Malaria in the Punjab - Number 46
Disease focus: Malaria
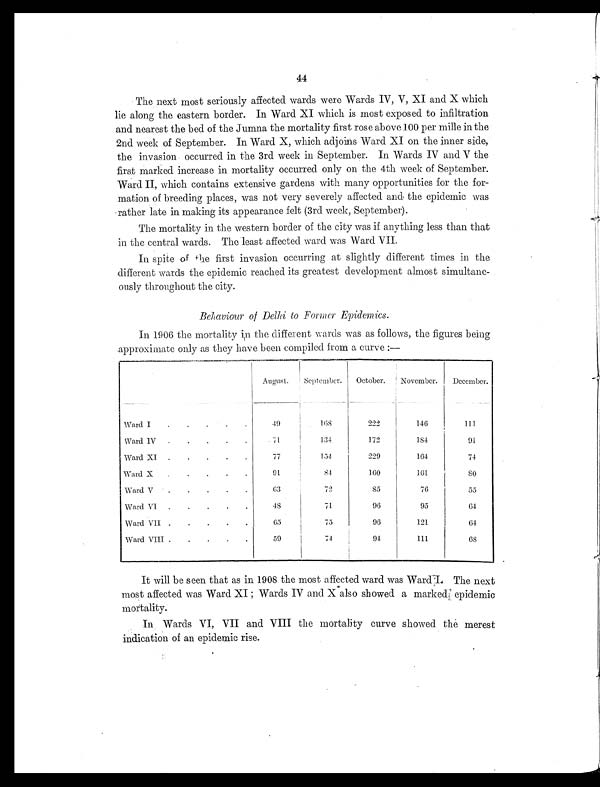
44
The next most seriously affected wards were Wards IV, V, XI and X which
lie along the eastern border. In Ward XI which is most exposed to infiltration
and nearest the bed of the Jumna the mortality first rose above 100 per mille in the
2nd week of September. In Ward X, which adjoins Ward XI on the inner side,
the invasion occurred in the 3rd week in September. In Wards IV and V the
first marked increase in mortality occurred only on the 4th week of September.
Ward II, which contains extensive gardens with many opportunities for the for-
mation of breeding places, was not very severely affected and the epidemic was
rather late in making its appearance felt (3rd week, September).
The mortality in the western border of the city was if anything less than that
in the central wards. The least affected ward was Ward VII.
In spite of the first invasion occurring at slightly different times in the
different wards the epidemic reached its greatest development almost simultane-
ously throughout the city.
Behaviour of Delhi to Former Epidemics.
In 1906 the mortality in the different wards was as follows, the figures being
approximate only as they have been compiled from a curve :—
August.
September
October.
November.
December.
Ward I
.
.
.
.
.
49
168
222
146
111
Ward IV
.
.
.
.
.
71
134
172
184
9 1
Ward XI
.
.
.
.
.
77
154
229
164
74
Ward X
.
.
.
.
.
91
84
160
161
8 0
Ward V
.
.
.
.
.
63
72
85
76
55
Ward VI
.
.
.
.
.
48
71
96
95
64
Ward VII .
.
.
.
.
65
75
96
121
64
Ward VIII .
.
.
.
.
59
74
94
111
68
It will be seen that as in 1908 the most affected ward was Ward I. The next
most affected was Ward XI ; Wards IV and X also showed a marked epidemic
mortality.
In Wards VI, VII and VIII the mortality curve showed the merest
indication of an epidemic rise.